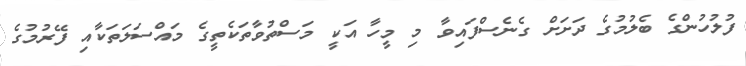
ފުލުހުންގެ ބެލުމުގެ ދަށަށް ގެނެސްފައިވާ މި މީހާ އަކީ މަސްތުވާތަކެތީގެ މައްސަލަތަކާއި ފޭރުމުގެ